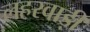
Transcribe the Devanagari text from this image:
लहरवाड़ी